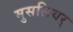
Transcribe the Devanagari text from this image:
मुसलियर्